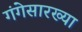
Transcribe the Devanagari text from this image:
गंगेसारख्या